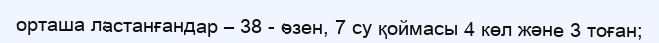
орташа ластанғандар – 38 - өзен, 7 су қоймасы 4 көл және 3 тоған;